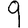
Digit: 9